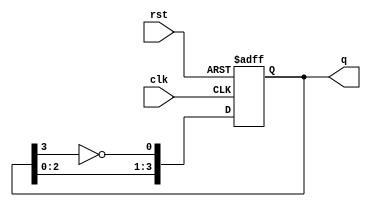
module johnson_counter (
    input wire clk,        // Clock input
    input wire rst,        // Asynchronous reset
    output reg [3:0] q     // 4-bit output for a 4-stage Johnson counter
);

    // Asynchronous Johnson Counter
    always @(posedge clk or posedge rst) begin
        if (rst) begin
            q <= 4'b0000; // Reset to initial state
        end else begin
            // Johnson counter logic
            q[0] <= ~q[3]; // Invert last flip-flop output to first flip-flop
            q[1] <= q[0];  // Shift the state
            q[2] <= q[1];  // Shift the state
            q[3] <= q[2];  // Shift the state
        end
    end

endmodule